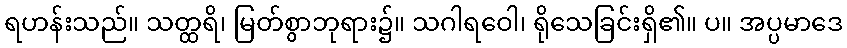
ရဟန်းသည်။ သတ္ထရိ၊ မြတ်စွာဘုရား၌။ သဂါရဝေါ၊ ရိုသေခြင်းရှိ၏။ ပ။ အပ္ပမာဒေ